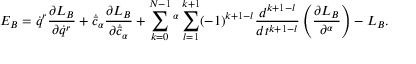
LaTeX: E _ { B } = \dot { q } ^ { r } \frac { \partial L _ { B } } { \partial \dot { q } ^ { r } } + \dot { \bar { c } } _ { \alpha } \frac { \partial L _ { B } } { \partial \dot { \bar { c } } _ { \alpha } } + \sum _ { k = 0 } ^ { N - 1 } \c { N - k } ^ { \alpha } \sum _ { l = 1 } ^ { k + 1 } ( - 1 ) ^ { k + 1 - l } \frac { d ^ { k + 1 - l } } { d t ^ { k + 1 - l } } \left( \frac { \partial L _ { B } } { \partial \c { N - l + 1 } ^ { \alpha } } \right) - L _ { B } .